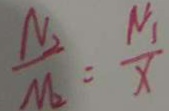
\frac { N _ { 2 } } { M _ { 2 } } = \frac { N _ { 1 } } { x }